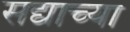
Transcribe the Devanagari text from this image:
सद्याच्या